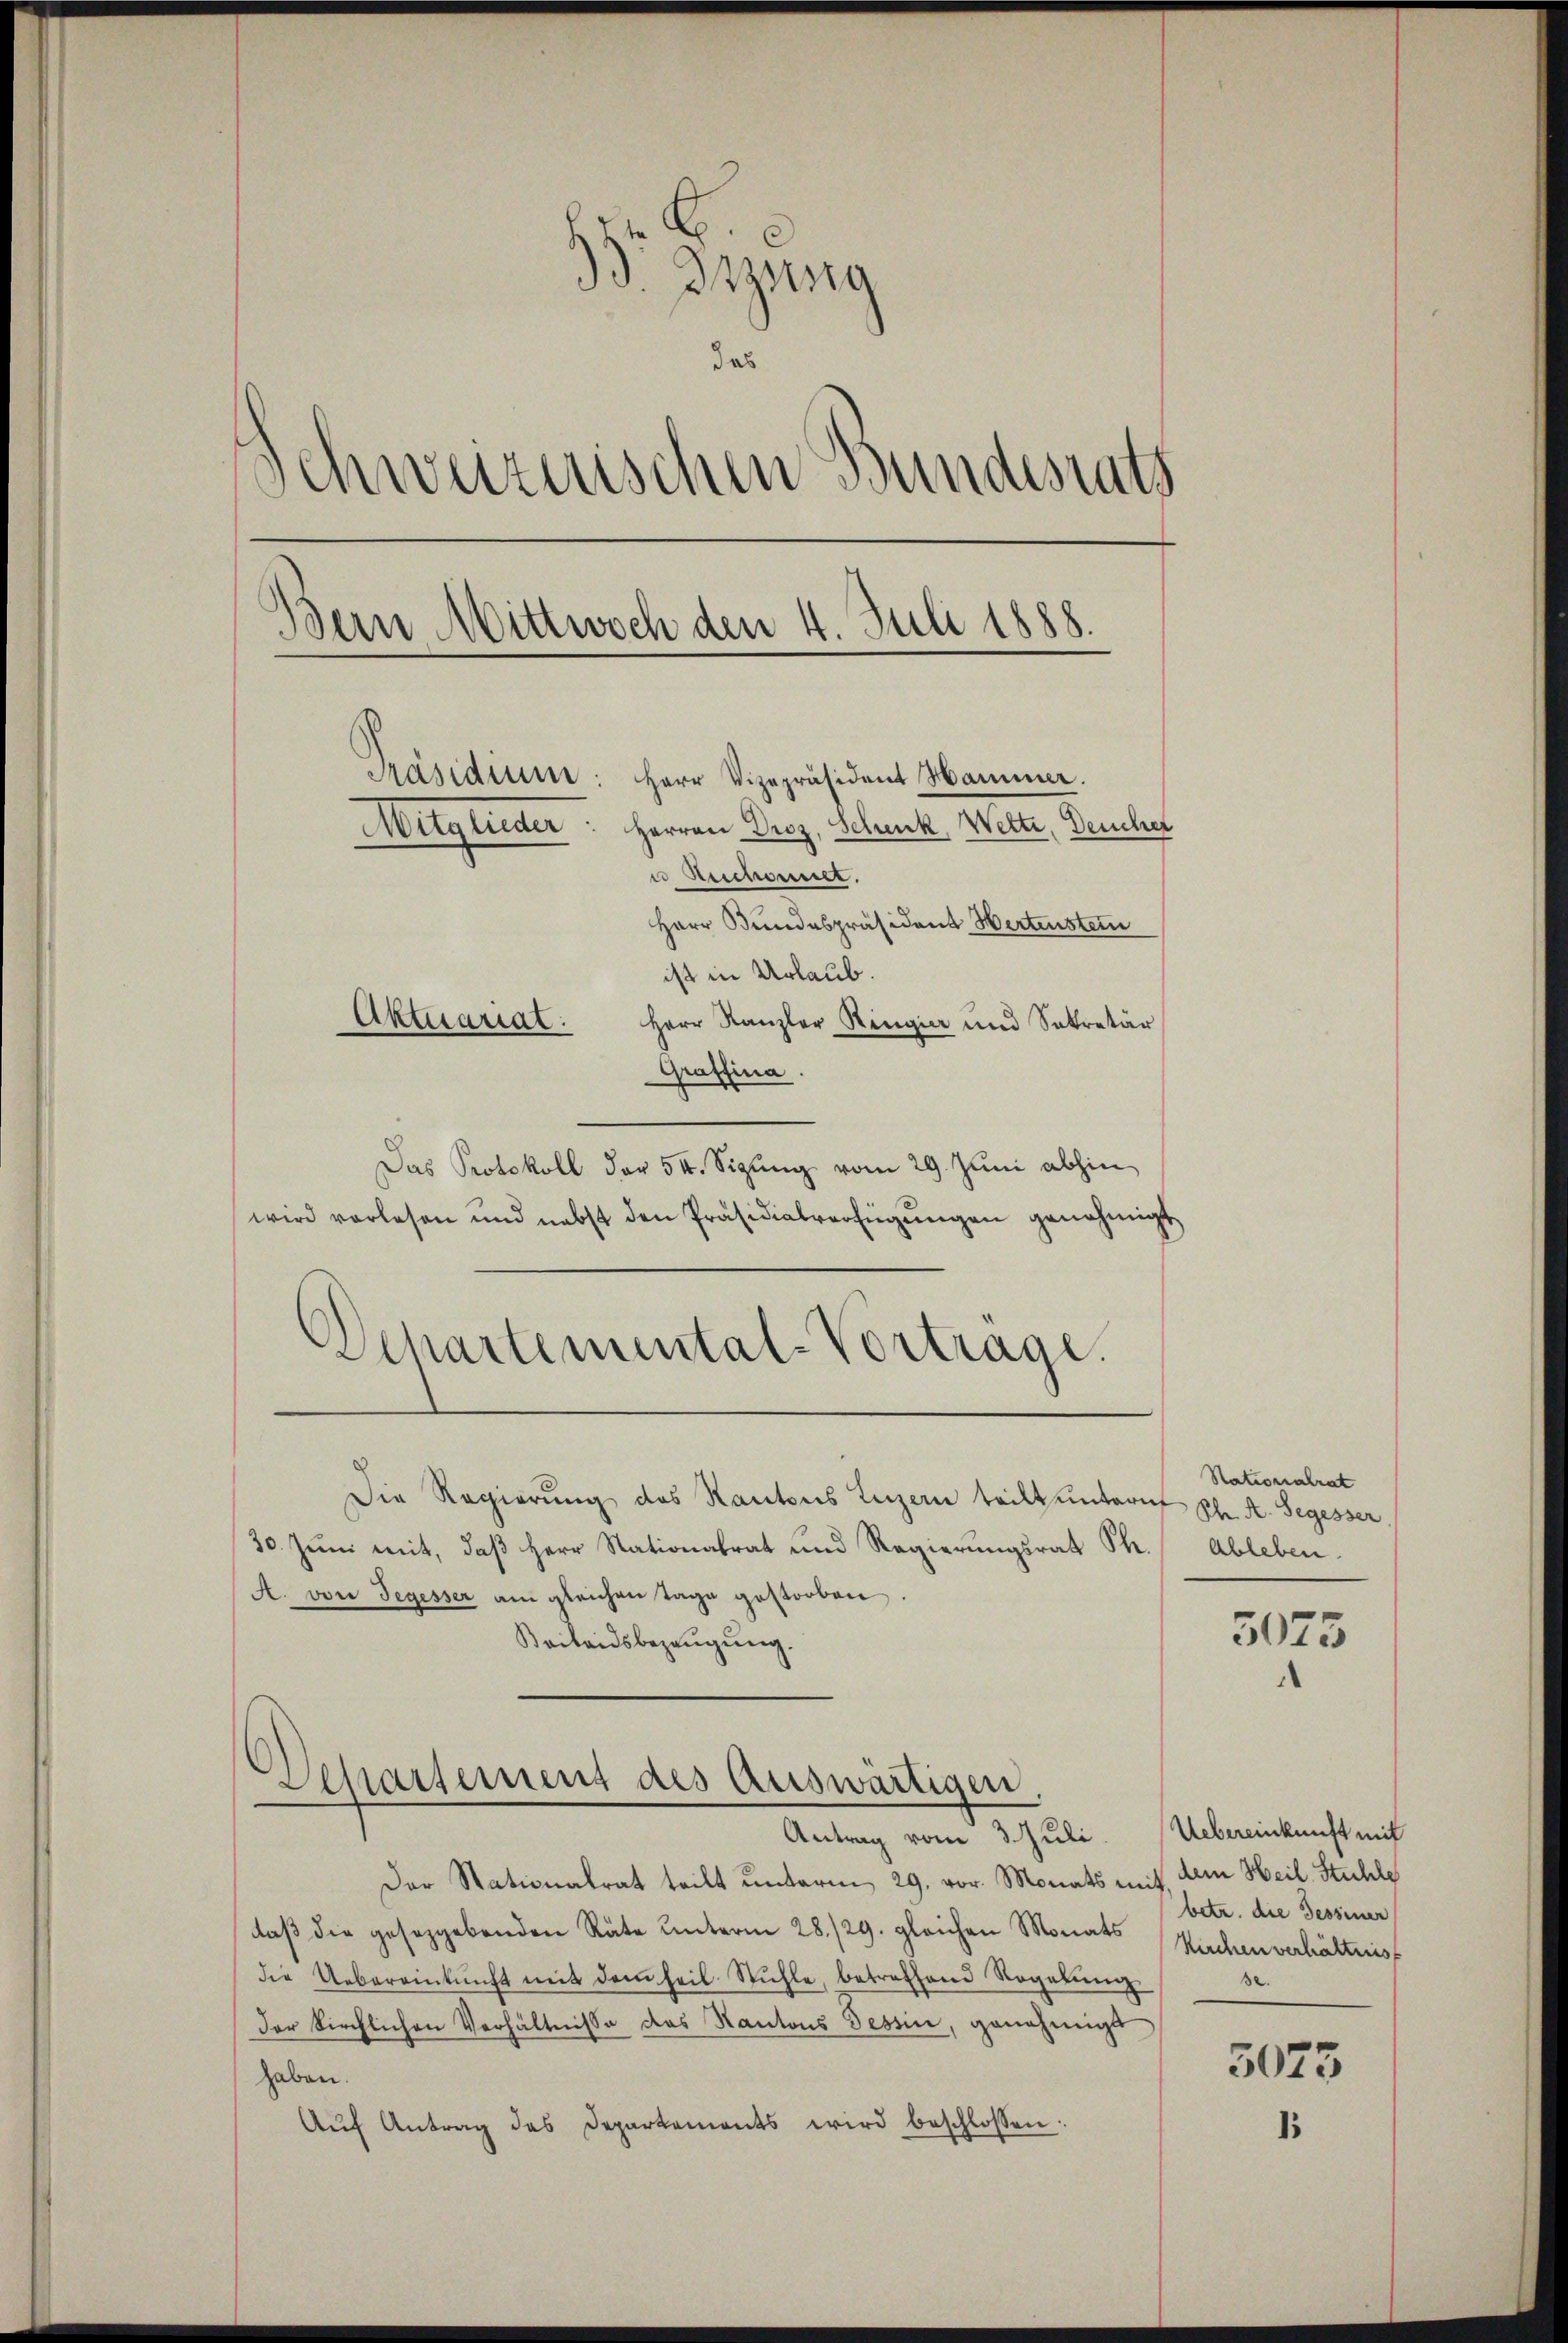
8
3. Btzung
das
Schweizerischen Bundesrats
Bern Mittwoch den 4. Juli 1888.
Präsidium: Herr Vizepräsident Hammer.
Muglieder: Herren Droz, Schenk Wette, Deucher
u Aeschonet.
Herr Bundespräsident Wertenstein
ist in Urlaub.
Aktuariat.
Herr Kanzler Ringier und Sekretär
Graffina.

Das Protokoll der 54. Sigŭng vom 29. Juni abhin
wird vorlesen und nebst den Präsidialverfügŭngen genehmigt
Schartemental-Vortrage.
Die Regierung des Kantons Luzern teilt unternt
30. Jŭni mit, daβ Herr Stationalrat und Regierŭngsrat Ph. Ableben.
A. von Segesser am gleichen Tage gestorben.
Beilandsbezeŭgŭng.

Departement des auswärtigen,

Antrag vom 3. Juli.
Der Stationalrat teilt unterm 29. vor. Monats mit,
daβ die geseggebenden Räte ŭnterm 28./29. gleichen Monats
die Uebereinkunft mit dem heil. Stühle, betreffend Rogatŭng
der kirchlichen Verhältnisse des Kantons Tessin, genehmigt
haben.
Aŭf Antrag des Departements wird beschlossen:

Stationalrat
Ph. A. Segesser

3073

Uebereinkunft mit
dem Heil. Stuhle
betr. die Tessinen
Kirchen verhältnis
.

5073
1.